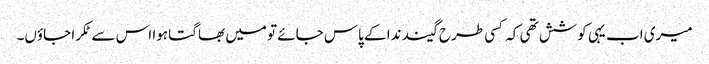
میری اب یہی کوشش تھی کہ کسی طرح گیند ندا کے پاس جائے تو میں بھاگتا ہوا اس سے ٹکرا جاؤں۔